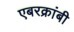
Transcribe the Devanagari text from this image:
एबरक्रांबी